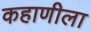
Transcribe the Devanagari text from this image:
कहाणीला